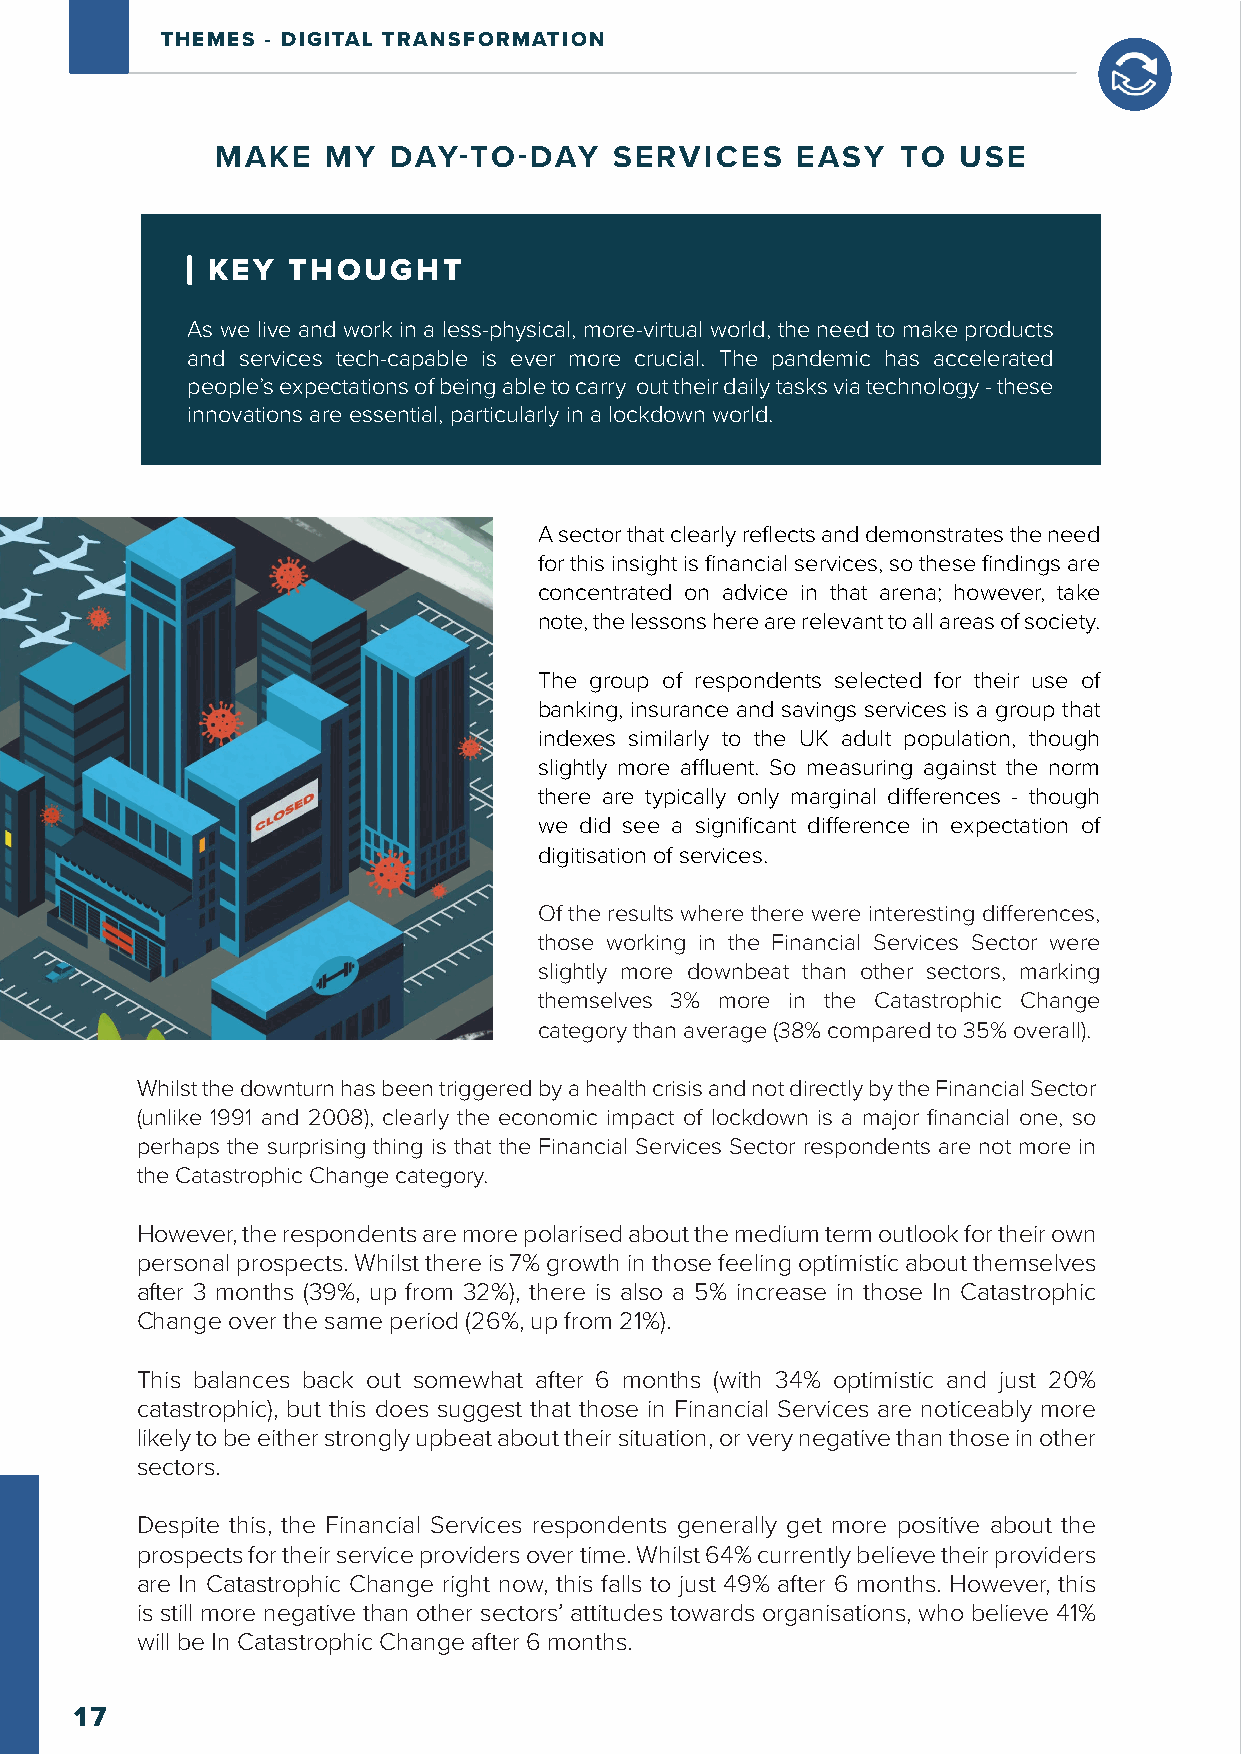
THEMES - DIGITAL TRANSFORMATION
 MAKE    MY  DAY-TO-DAY     SERVICES    EASY   TO USE
 KEY  THOUGHT
 As we live and work in a less-physical, more-virtual world, the need to make products
 and services tech-capable is ever more crucial. The pandemic has accelerated
 people’s expectations of being able to carry out their daily tasks via technology - these
 innovations are essential, particularly in a lockdown world.
 A sector that clearly reflects and demonstrates the need
 for this insight is financial services, so these findings are
 concentrated on advice in that arena; however, take
 note, the lessons here are relevant to all areas of society.
 The group of respondents selected for their use of
 banking, insurance and savings services is a group that
 indexes similarly to the UK adult population, though
 slightly more affluent. So measuring against the norm
 there are typically only marginal differences - though
 we did see a significant difference in expectation of
 digitisation of services.
 Of the results where there were interesting differences,
 those working in the Financial Services Sector were
 slightly more downbeat than other sectors, marking
 themselves 3% more in the Catastrophic Change
 category than average (38% compared to 35% overall).
 Whilst the downturn has been triggered by a health crisis and not directly by the Financial Sector
 (unlike 1991 and 2008), clearly the economic impact of lockdown is a major financial one, so
 perhaps the surprising thing is that the Financial Services Sector respondents are not more in
 the Catastrophic Change category.
 However, the respondents are more polarised about the medium term outlook for their own
 personal prospects. Whilst there is 7% growth in those feeling optimistic about themselves
 after 3 months (39%, up from 32%), there is also a 5% increase in those In Catastrophic
 Change over the same period (26%, up from 21%).
 This balances back out somewhat after 6 months (with 34% optimistic and just 20%
 catastrophic), but this does suggest that those in Financial Services are noticeably more
 likely to be either strongly upbeat about their situation, or very negative than those in other
 sectors.
 Despite this, the Financial Services respondents generally get more positive about the
 prospects for their service providers over time. Whilst 64% currently believe their providers
 are In Catastrophic Change right now, this falls to just 49% after 6 months. However, this
 is still more negative than other sectors’ attitudes towards organisations, who believe 41%
 will be In Catastrophic Change after 6 months.
 17